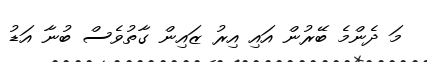
މަ ދެންމެ ބޭރުން އައި އިރު ޒައިން ގާތުވެސް ބުނާ އަޑު